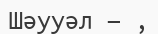
Шәууәл — ,